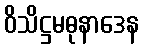
ဝိသိဋ္ဌမဓုနာဒေန